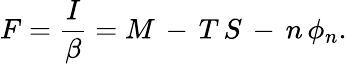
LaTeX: F=\frac{I}{\beta}=M\, -\, T\, S\, -\, n\, \phi_{n}.